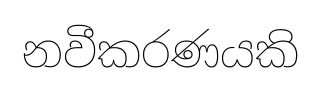
නවීකරණයකි